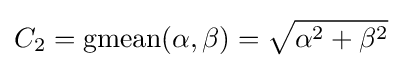
C_{2}=\operatorname {gmean} (\alpha ,\beta )={\sqrt {\alpha ^{2}+\beta ^{2}}}